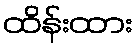
ထိန်းထား